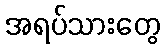
အရပ်သားတွေ